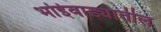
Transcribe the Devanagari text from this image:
भोईवाड्यातील